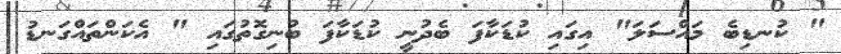
" ކުނޑިބެ މައްސަލަ" އިގައި ކުޑަކާފަ ބެދުނީ ކުޑަކާފަ ބުނިގޮތުގައި " އެކަންތައްގަނޑު